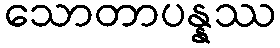
သောတာပန္နဿ